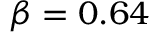
\beta = 0 . 6 4